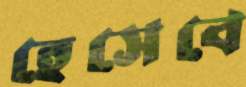
হেসেবে